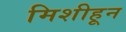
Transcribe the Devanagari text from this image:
मिशीहून